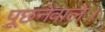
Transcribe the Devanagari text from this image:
पूछनेवाले।